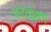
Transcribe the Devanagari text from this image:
कोर्वाल्लम